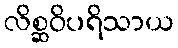
လိစ္ဆဝိပရိသာယ